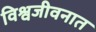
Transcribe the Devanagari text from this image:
विश्वजीवनात